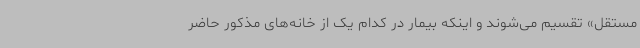
مستقل» تقسیم می‌شوند و اینکه بیمار در کدام یک از خانه‌های مذکور حاضر